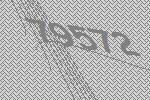
79572